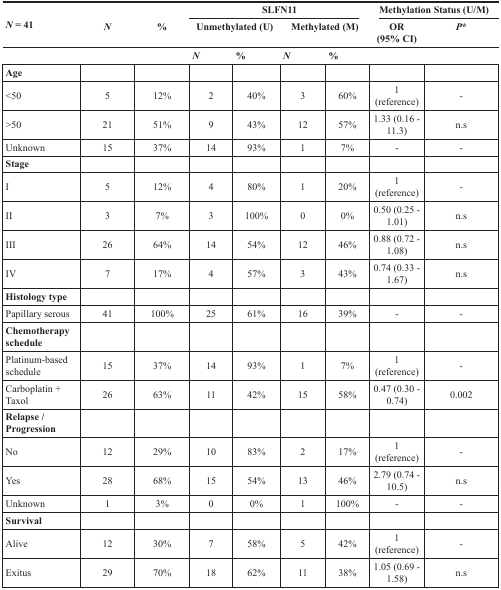
| <ROWSPAN=2> N = 41 | <ROWSPAN=2> N | <ROWSPAN=2> % | <COLSPAN=4> SLFN11 | <COLSPAN=2> Methylation Status (U/M) |
 | <COLSPAN=2> Unmethylated (U) | <COLSPAN=2> Methylated (M) | OR (95% CI) | P* |
 |  |  |  | N | % | N | % |  |  |
 | --- | --- | --- | --- | --- | --- | --- | --- | --- |
 | Age |  |  |  |  |  |  |  |  |
 | <50 | 5 | 12% | 2 | 40% | 3 | 60% | 1 (reference) | - |
 | >50 | 21 | 51% | 9 | 43% | 12 | 57% | 1.33 (0.16 - 11.3) | n.s |
 | Unknown | 15 | 37% | 14 | 93% | 1 | 7% | - | - |
 | Stage |  |  |  |  |  |  |  |  |
 | I | 5 | 12% | 4 | 80% | 1 | 20% | 1 (reference) | - |
 | II | 3 | 7% | 3 | 100% | 0 | 0% | 0.50 (0.25 - 1.01) | n.s |
 | III | 26 | 64% | 14 | 54% | 12 | 46% | 0.88 (0.72 - 1.08) | n.s |
 | IV | 7 | 17% | 4 | 57% | 3 | 43% | 0.74 (0.33 - 1.67) | n.s |
 | Histology type |  |  |  |  |  |  |  |  |
 | Papillary serous | 41 | 100% | 25 | 61% | 16 | 39% | - | - |
 | Chemotherapy schedule |  |  |  |  |  |  |  |  |
 | Platinum-based schedule | 15 | 37% | 14 | 93% | 1 | 7% | 1 (reference) | - |
 | Carboplatin + Taxol | 26 | 63% | 11 | 42% | 15 | 58% | 0.47 (0.30 - 0.74) | 0.002 |
 | Relapse / Progression |  |  |  |  |  |  |  |  |
 | No | 12 | 29% | 10 | 83% | 2 | 17% | 1 (reference) | - |
 | Yes | 28 | 68% | 15 | 54% | 13 | 46% | 2.79 (0.74 - 10.5) | n.s |
 | Unknown | 1 | 3% | 0 | 0% | 1 | 100% | - | - |
 | Survival |  |  |  |  |  |  |  |  |
 | Alive | 12 | 30% | 7 | 58% | 5 | 42% | 1 (reference) | - |
 | Exitus | 29 | 70% | 18 | 62% | 11 | 38% | 1.05 (0.69 - 1.58) | n.s |